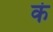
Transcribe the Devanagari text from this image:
क॑